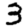
Digit: 3